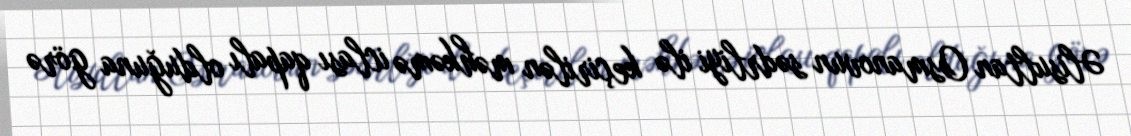
Əlisultan Osmanovun sədrliyi ilə keçirilən məhkəmə iclası qapalı olduğuna görə